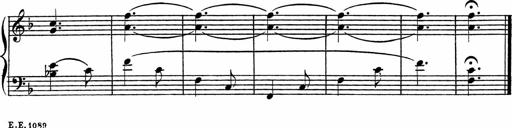
Title: Piano Sonatinas
Composer: Charles Fradel